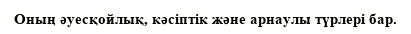
Оның әуесқойлық, кәсіптік және арнаулы түрлері бар.